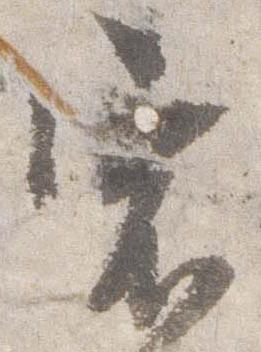
宿